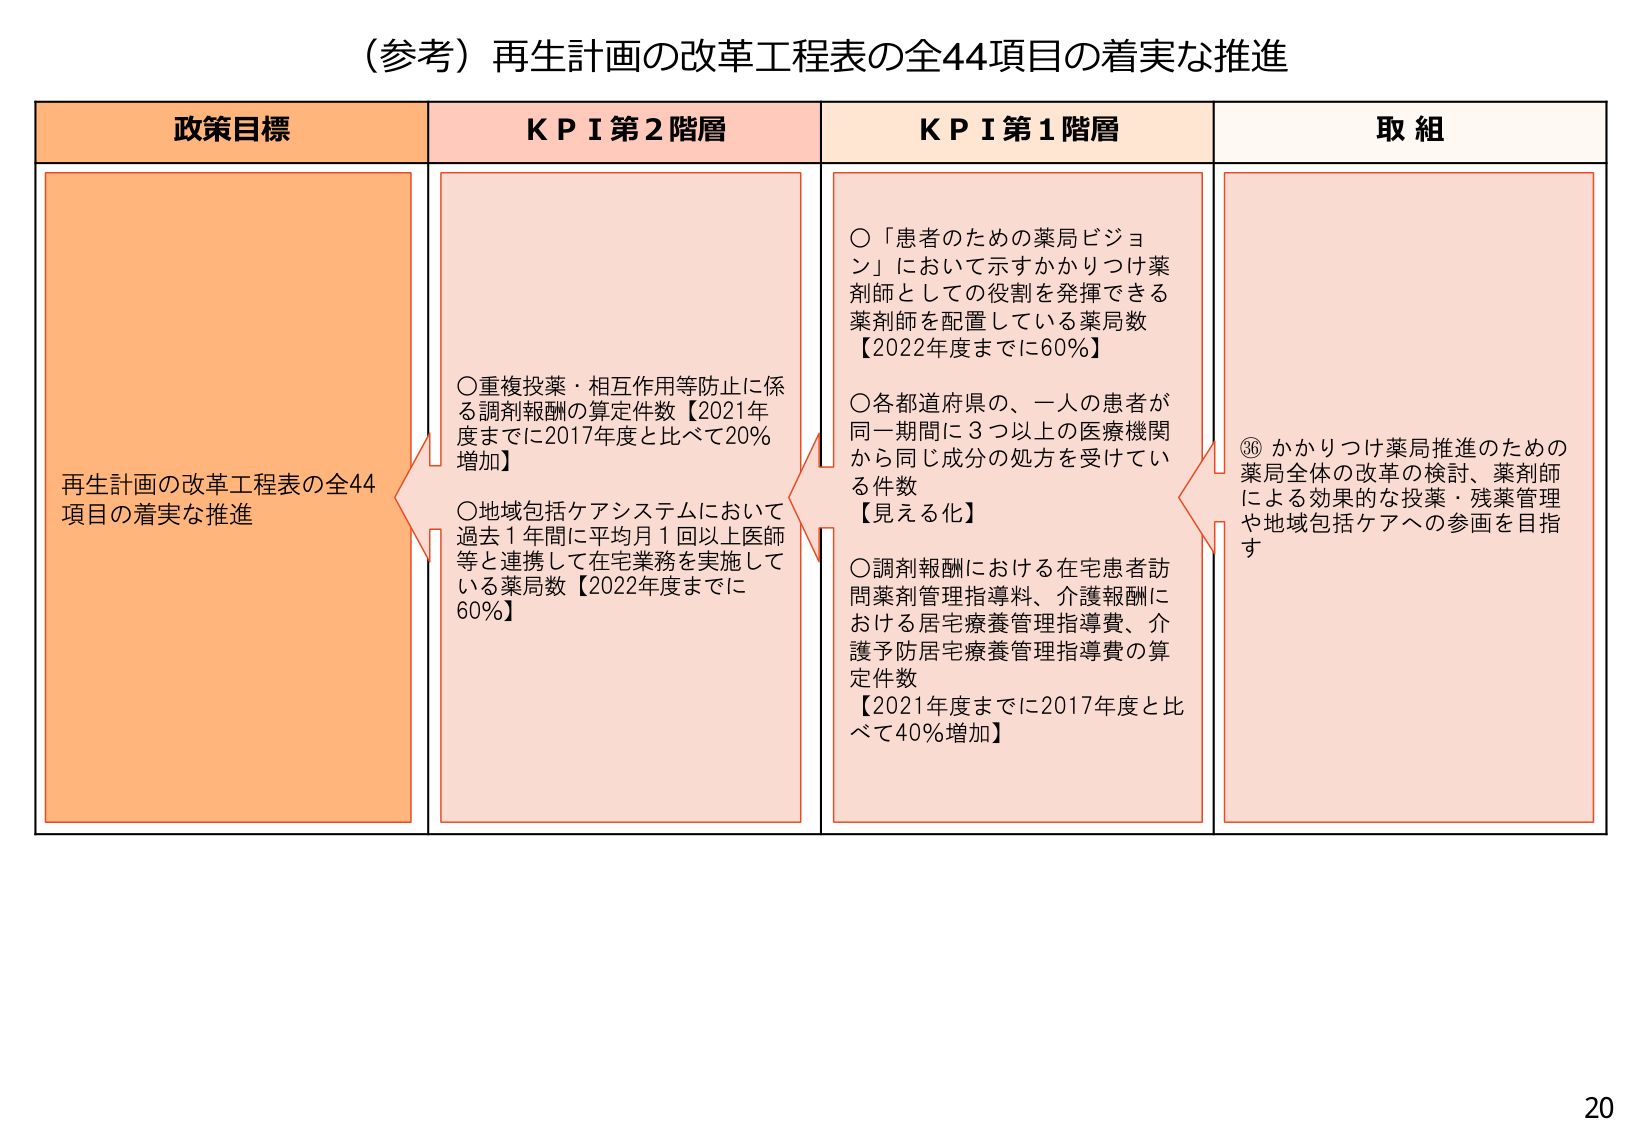
（参考）再生計画の改革工程表の全44項目の着実な推進

政策目標
再生計画の改革工程表の全44項目の着実な推進

KPI 第2階層
○重複投薬・相互作用等防止に係る調剤報酬の算定件数【2021年度までに2017年度と比べて20％増加】
○地域包括ケアシステムにおいて過去1年間に平均月1回以上医師等と連携して在宅業務を実施している薬局数【2022年度までに60％】

KPI 第1階層
○「患者のための薬局ビジョン」において示すかかりつけ薬剤師としての役割を発揮できる薬剤師を配置している薬局数【2022年度までに60％】
○各都道府県の、一人の患者が同一期間に3つ以上の医療機関から同じ成分の処方を受けている件数【見える化】
○調剤報酬における在宅患者訪問薬剤管理指導料、介護報酬における居宅療養管理指導費、介護予防居宅療養管理指導費の算定件数【2021年度までに2017年度と比べて40％増加】

取組
⑲かかりつけ薬局推進のための薬局全体の改革の検討、薬剤師による効果的な投薬・残薬管理や地域包括ケアへの参画を目指す

20